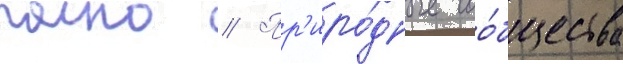
полно // Пр'иро́дные соо́бщества